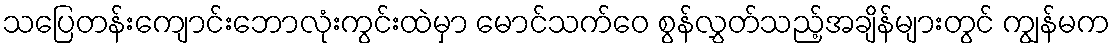
သပြေတန်းကျောင်းဘောလုံးကွင်းထဲမှာ မောင်သက်ဝေ စွန်လွှတ်သည့်အချိန်များတွင် ကျွန်မက